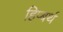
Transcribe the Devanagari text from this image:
हिप्बर्थ